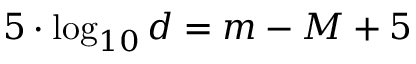
5 \cdot \log _ { 1 0 } d = m - M + 5